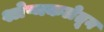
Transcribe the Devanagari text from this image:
श्लेष्मकलेतून